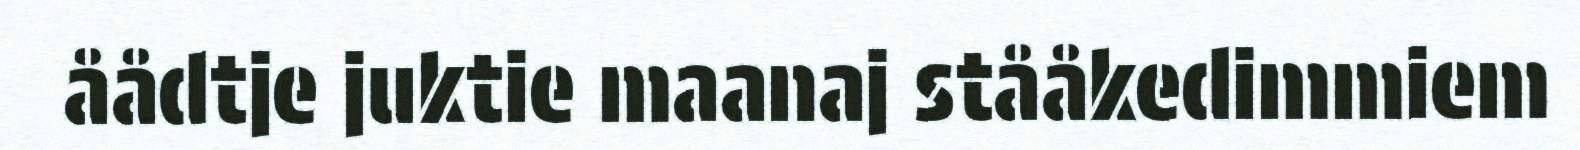
åådtje juktie maanaj stååkedimmiem